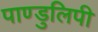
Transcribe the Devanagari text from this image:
पाण्डुलिपी